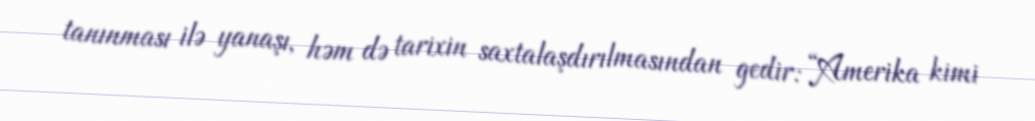
tanınması ilə yanaşı, həm də tarixin saxtalaşdırılmasından gedir: “Amerika kimi